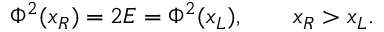
\Phi ^ { 2 } ( x _ { R } ) = 2 E = \Phi ^ { 2 } ( x _ { L } ) , \qquad x _ { R } > x _ { L } .